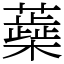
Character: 蘃